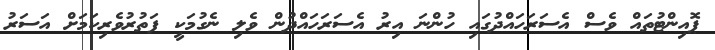
ޕޮއިންޓުތައް ވެސް އެސަރަހައްދުގައި ހުންނަ އިރު އެސަރަހައްދުން ވެލި ނެގުމަކީ ފަތުރުވެރިކަމަށް އަސަރު